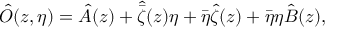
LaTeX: \hat { O } ( z , \eta ) = \hat { A } ( z ) + \hat { \bar { \zeta } } ( z ) \eta + \bar { \eta } \hat { \zeta } ( z ) + \bar { \eta } \eta \hat { B } ( z ) ,